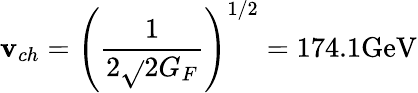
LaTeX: \mathbf{v}_{ch}=\left({\frac{{1}}{{2\sqrt{}{{2}}G_{F}}}}\right)^{1/2}=174.1\mathrm{{GeV}}